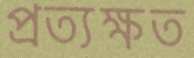
প্রত্যক্ষত